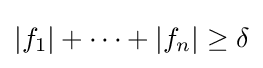
|f_{1}|+\cdots +|f_{n}|\geq \delta